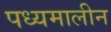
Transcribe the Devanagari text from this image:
पध्यमालीन